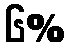
၆%